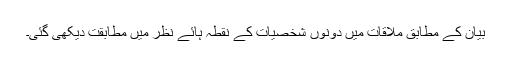
بیان کے مطابق ملاقات میں دونوں شخصیات کے نقطہ ہائے نظر میں مطابقت دیکھی گئی۔